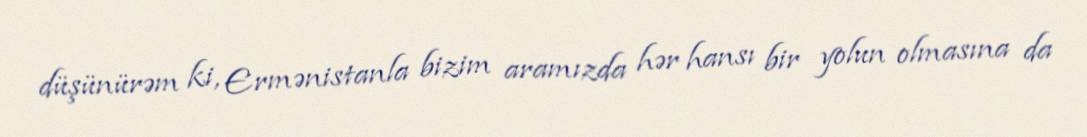
düşünürəm ki, Ermənistanla bizim aramızda hər hansı bir yolun olmasına da